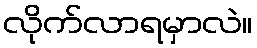
လိုက်လာရမှာလဲ။